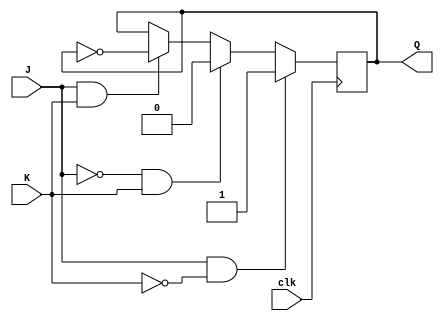
module jk_flipflop (
    input wire J, // Set input
    input wire K, // Reset input
    input wire clk, // Clock input
    output reg Q // Output
);

always @(posedge clk) begin
    if (J == 1 && K == 0) begin
        Q <= 1;
    end else if (J == 0 && K == 1) begin
        Q <= 0;
    end else if (J == 1 && K == 1) begin
        Q <= ~Q; // Toggle Q
    end
end

endmodule